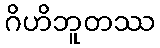
ဂိဟိဘူတဿ